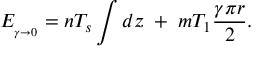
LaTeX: { \cal E } _ { { } _ { \gamma \to 0 } } = n T _ { s } \int d z \; + \; m T _ { 1 } \frac { \gamma \pi r } { 2 } .